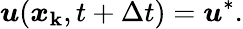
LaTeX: \boldsymbol{u}(\boldsymbol{x}_{\mathbf{k}},t+\Delta{t})=\boldsymbol{u}^{*}.